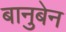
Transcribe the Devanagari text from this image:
बानुबेन